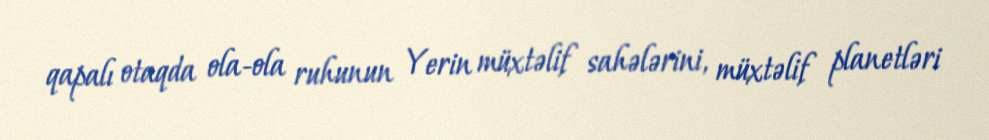
qapalı otaqda ola-ola ruhunun Yerin müxtəlif sahələrini, müxtəlif planetləri